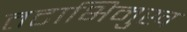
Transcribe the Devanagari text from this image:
तटाभिमुख